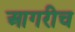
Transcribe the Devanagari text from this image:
आगरीच